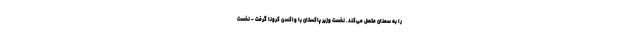
را به سمنان متصل می‌کند. نخست وزیر پاکستان با واکسن کرونا گرفت - نخست